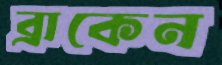
ব্রাকেন